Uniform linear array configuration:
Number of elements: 12
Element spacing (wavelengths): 1
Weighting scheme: binomial
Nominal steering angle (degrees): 60
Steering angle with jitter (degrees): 59.314
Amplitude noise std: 0.05
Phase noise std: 0.05

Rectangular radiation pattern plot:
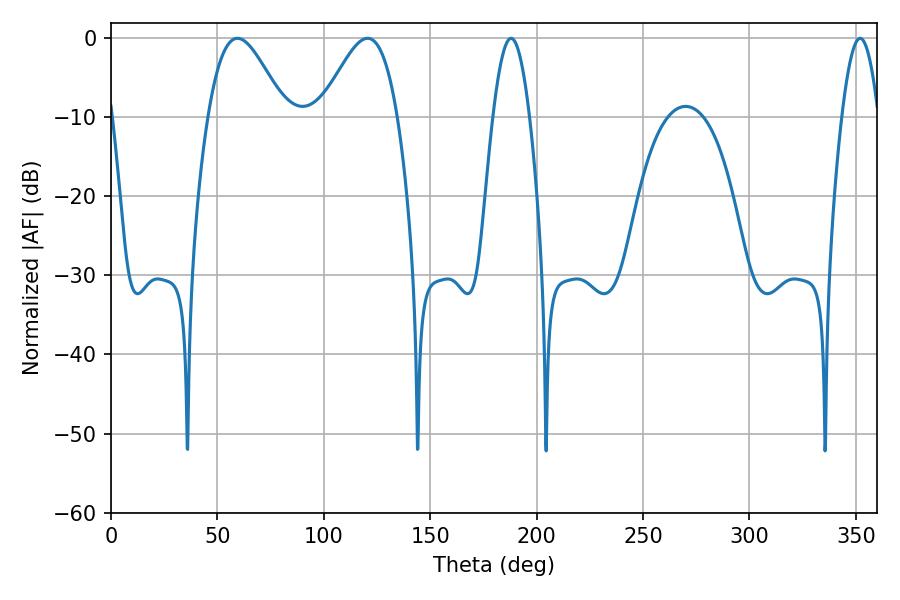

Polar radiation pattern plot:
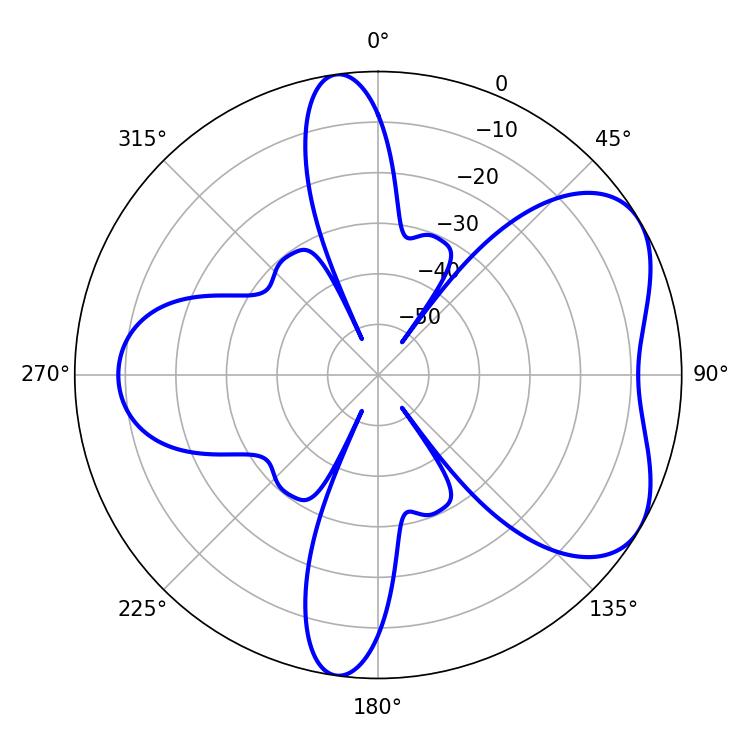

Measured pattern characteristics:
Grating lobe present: TRUE
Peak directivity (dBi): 5.473
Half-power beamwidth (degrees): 19.26
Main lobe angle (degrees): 59.4